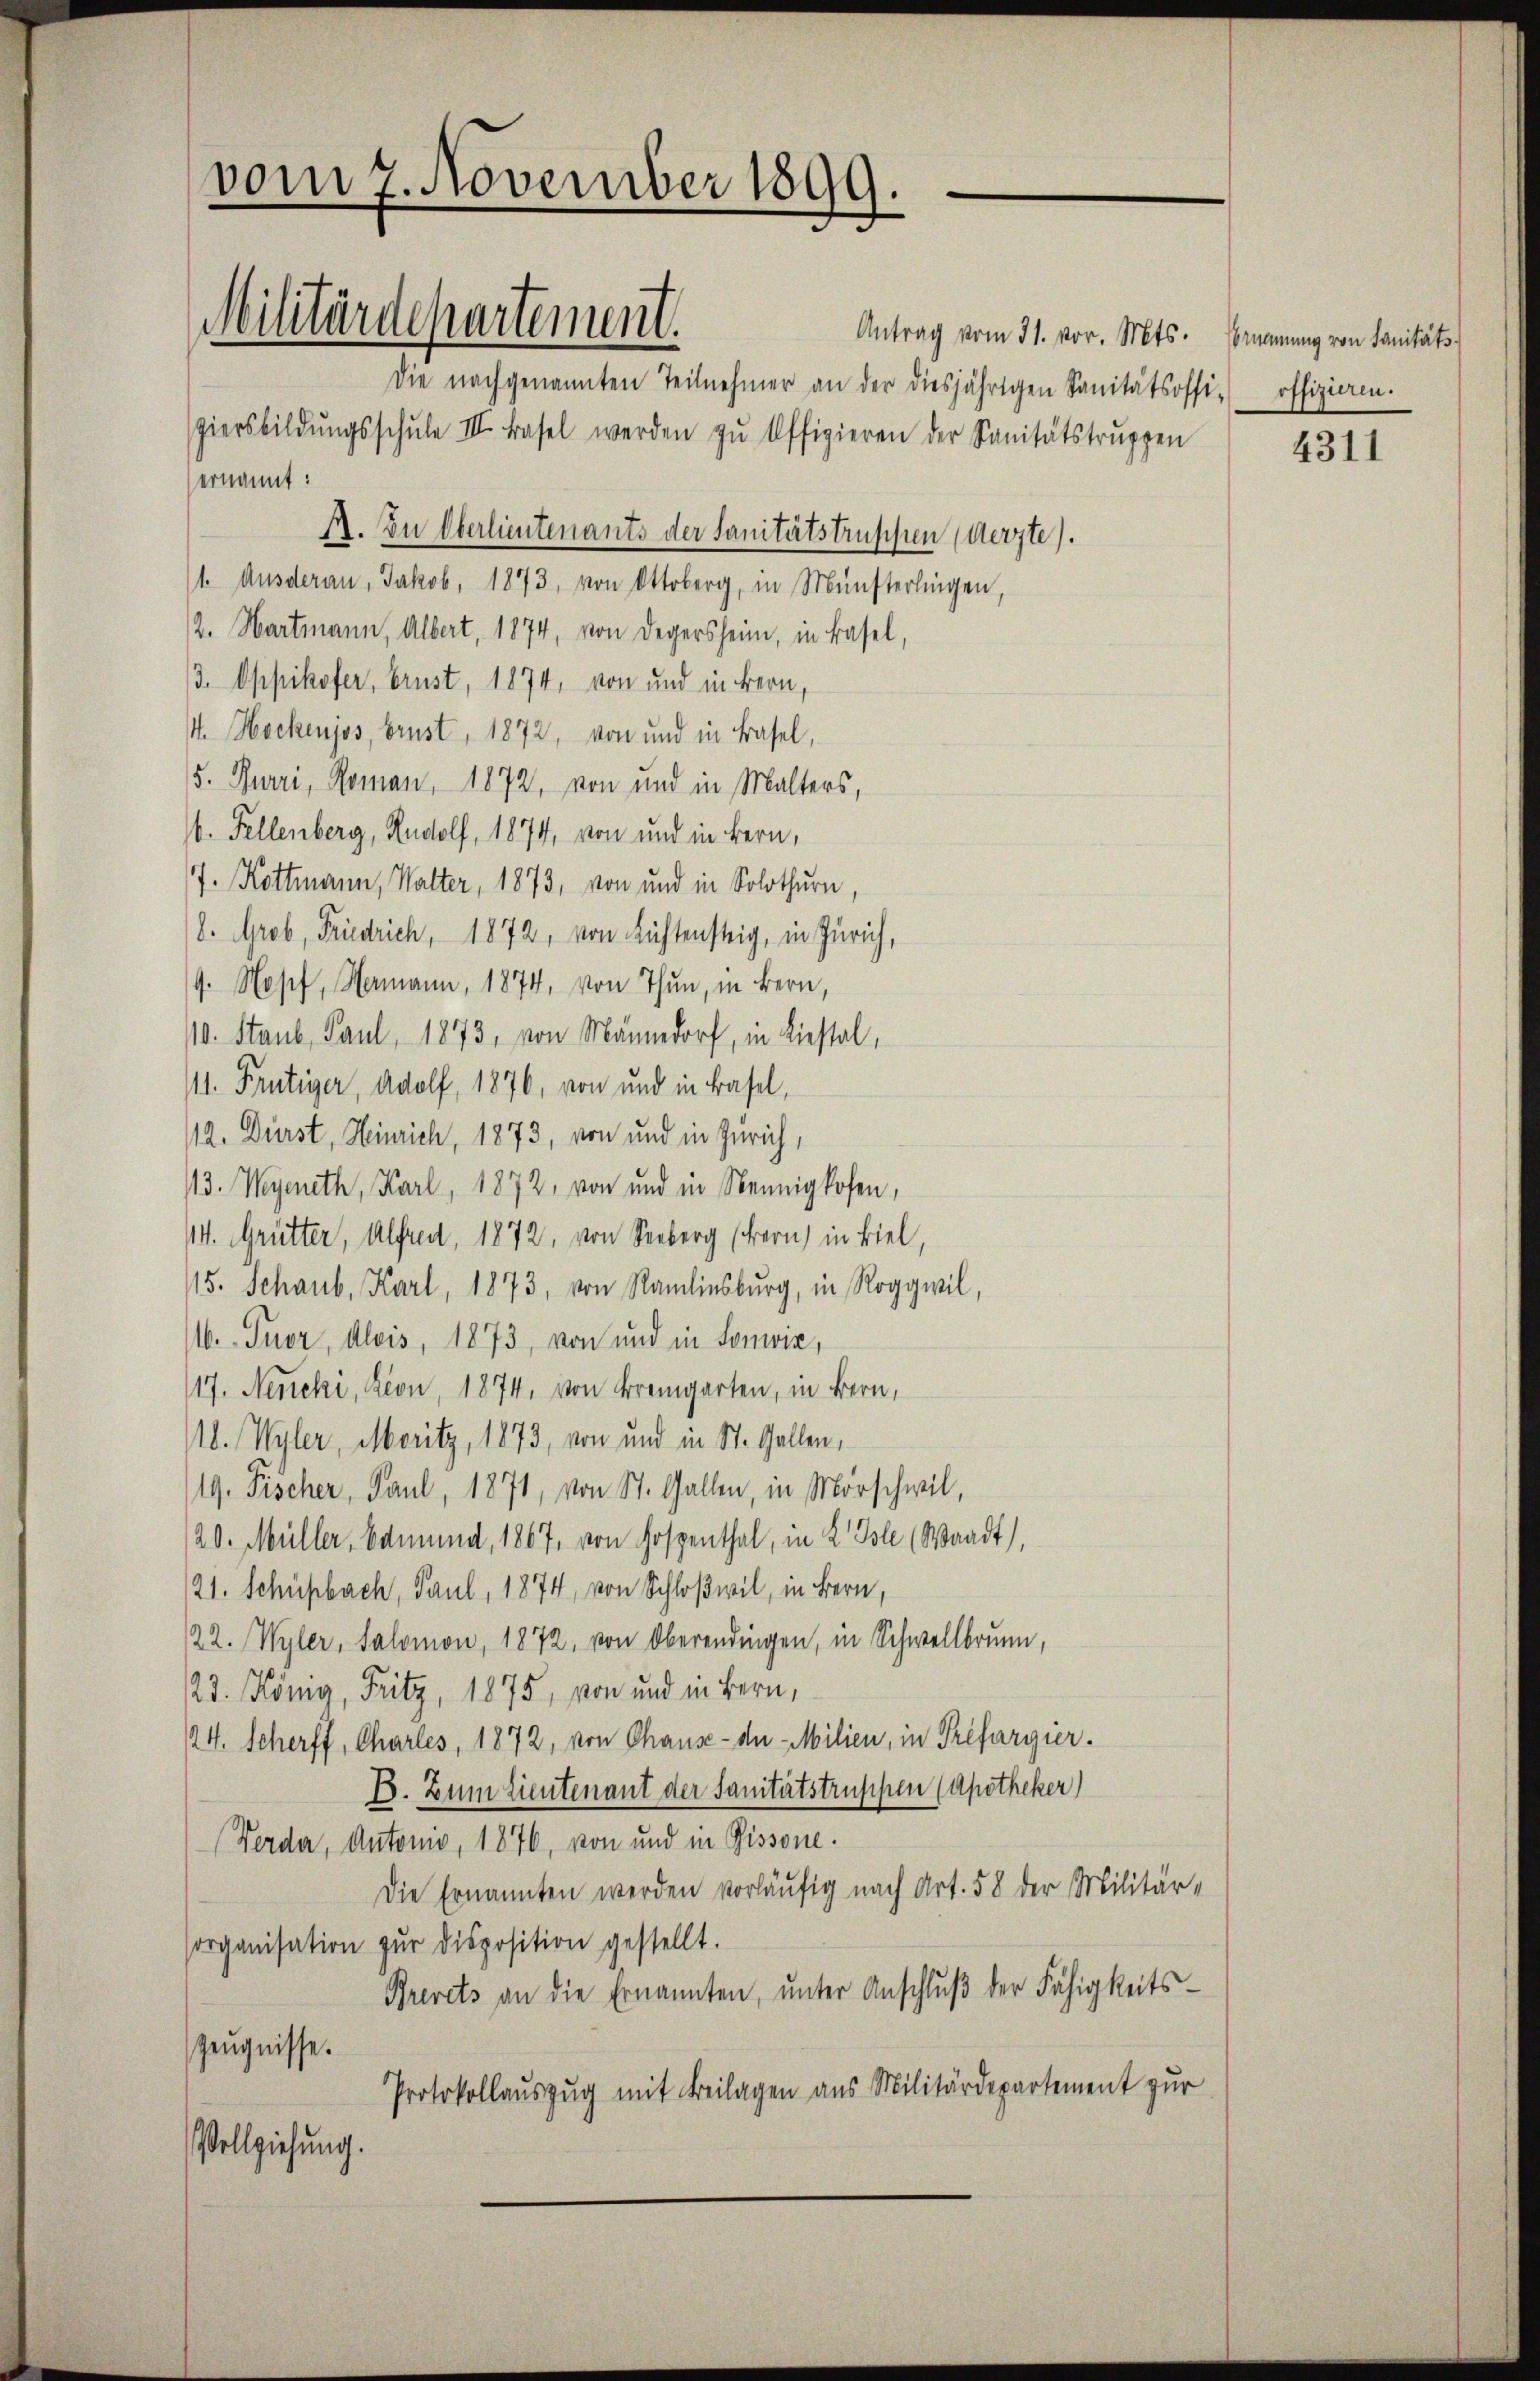
vom 7. November 1899.
Militärdepartement.
Die nachgenannten Teilnehmer an der diesjährigen Sanitätsoffi-
piersbildŭngsschŭle III. Basel werden zŭ Offizieren der Sanitätstrŭppen

Antrag vom 31. vor. Mts. Emanung von Sanitäts-
ernannt:
E. In Oberlieutenants der Sanitätstruppen (Aerzte).
/1. Ausderau, Jakob. 1873, von Ottoberg, in Münsterlingen,
/2. Hartmann, Albert, 1874, von Degersheim, in Basel,
/3. Oppikofer, Brust, 1874, von und in Bern,
4. Hockenjos, brust, 1872, von und in Basel,
5. Burri, Roman, 1872, von und in Malters,
6. Fellenberg, Rudolf, 1874, von und in Bern,
7. Kottmann, Walter, 1873, von und in Solothurn,
8. Grob, Friedrich, 1872, von Küstensteig, in Zürich,
9. Hosef, Hermann, 1874, von Thun, in Bern,
10. Staub, Paul, 1873, von Männedorf, in Liestal,
/11. Frutiger, Adolf, 1876, von und in Basel,
/12. Dürst, Heinrich, 1873, von und in Zürich,
113. Wegeneth, Karl, 1872, von und in Nennigkofen,
/4. Grütter, Alfred, 1872, von Seeberg (Bern, in Biel,
115. Schaub. Karl, 1873, von Ramlinsburg, in Roggwil,
116. Tuor, Alois, 1873, von und in Sonwir,
117. Neucki, Kron, 1874. von Bremgarten, in Bern,
b. Wyler, Meritz, 1873, von und in St. Gallen,
19. Fischer, Paul, 1871, von St. Gallen, in Morschwil,
/20. Müller, Edmund, 1867, von Hospenthal, in 2 Tole (Waadt),
21. Schüpbach, Paul, 1874, von Schloßwil, in Bern,
122. Wyler, Salomon, 1872, von Oberendingen, in Schwellbrunn,
23. König, Fritz, 1875, von und in Bern,
24. Scherff, Charles, 1872, von Chause - der Milien, in Préfargier.
B. Zum Lieutenant der Sanitätstruppen (Apotheker)
Verdar, Antonio, 1876, von und in Pissone.
Die Ernannten werden vorläufig nach Art. 58 der Militärsorganisation zŭr disposition gestellt.
Brevets an die Ernannten, ŭnter Anschlŭβ der Fähigkeits-
Zeugnisse.
Protokollauszug mit Beilagen aus Militärdepartement zur
Vollziehung.

offizieren.

4311